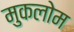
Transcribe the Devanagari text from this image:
मुकलोम